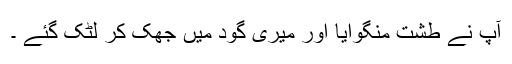
آپ نے طشت منگوایا اور میری گود میں جھک کر لٹک گئے ۔